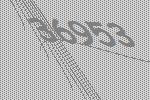
36953